Vaccination in Bombay 1924-1928 - 1924-1928
Year: 1924
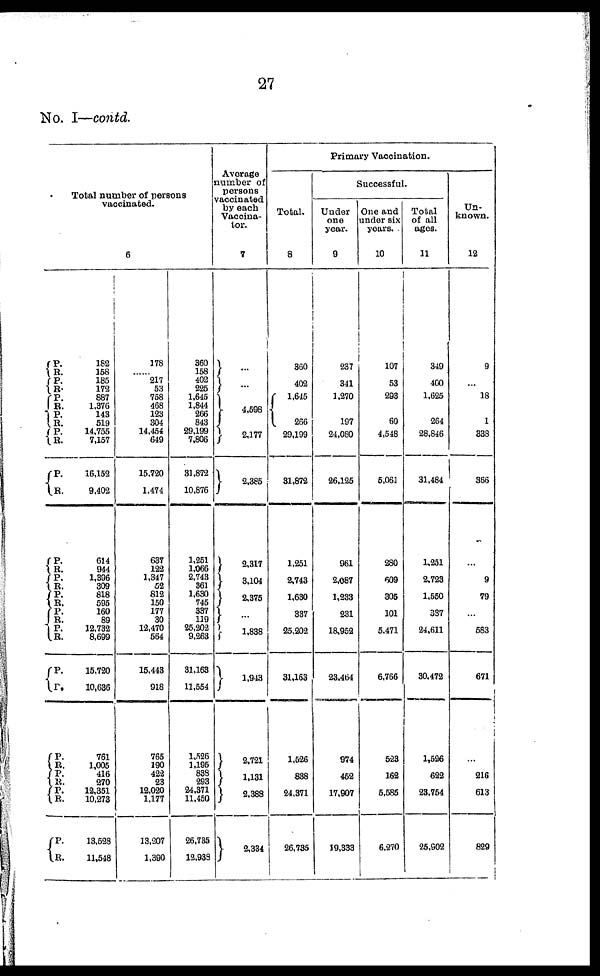
27
No. I—contd.
Total number of persons
vaccinated.
6
P.
R.
P. R.
P.
R.
P.
R.
P.
R.
P.
R.
P.
R.
P.
R.
P.
R.
P.
R.
P.
R.
P.
R.
P.
R.
P.
R.
P.
R.
P.
R.
182
158
185
172
887
1,376
143
519
14,755
7,157
16,152
9,402
614
944
1,396
309
818
595
160
89
12,732
8,699
15,720
10,636
761
1,005
416
270
12,351
10,273
13,528
11,548
178
...
217
53
758
468
123
304
14,454
649
15,720
1,474
637
122
1,347
52
812
150
177
30
12,470
564
15,443
918
765
190
422
23
12,020
1,177
13,207
1,390
360
158
402
225
1,645
1,844
266
843
29,199
7,806
31,872
10,876
1,251
1,066
2,743
361
1,630
745
337
119
25,202
9,263
31,163
11,554
1,526
1,195
838
293
24,371
11,450
26,735
12,938
Average
number of
persons
vaccinated
by each
Vaccina¬
tor.
7
...
...
4,598
2,177
2,385
2,317
3,104
2,375
...
1,838
1,943
2,721
1,131
2,388
2,334
Primary Vaccination.
Total.
8
360
402
1,645
266
29,199
31,872
1,251
2,743
1,630
337
25,202
31,163
1,526
838
24,371
26,735
Successful.
Under
one
year.
9
237
341
1,270
197
24,080
26,125
961
2,087
1,233
231
18,952
23,464
974
452
17,907
19,333
One and
under six
years.
10
107
53
293
60
4,548
5,061
280
609
305
101
5,471
6,766
523
162
5,585
6,270
Total
of all
ages.
11
349
400
1,625
264
28,846
31,484
1,251
2,723
1,550
337
24,611
30,472
1,526
622
23,754
25,902
Un-
known.
12
9
...
18
1
338
366
...
9
79
...
583
671
...
216
613
829